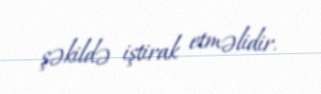
şəkildə iştirak etməlidir.